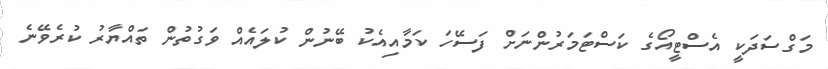
މަގްސަދަކީ އެސްޓީއޯގެ ކަސްޓަމަރުންނަށް ފަސޭހަ ކަމާއިއެކު ބޭނުން ކުލައެއް ވަގުތުން ތައްޔާރު ކުރެވޭނެ